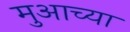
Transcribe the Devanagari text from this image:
मुआच्या